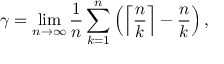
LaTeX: \gamma = \operatorname* { l i m } _ { n \to \infty } { \frac { 1 } { n } } \sum _ { k = 1 } ^ { n } \left( \left\lceil { \frac { n } { k } } \right\rceil - { \frac { n } { k } } \right) ,